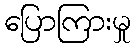
ပြောကြားမှု